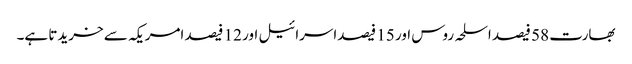
بھارت 58 فیصد اسلحہ روس اور 15 فیصداسرائیل اور 12 فیصد امریکہ سے خریدتا ہے۔